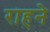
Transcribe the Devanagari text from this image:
राहने